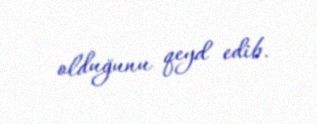
olduğunu qeyd edib.